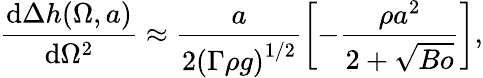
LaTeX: \frac{\textrm{d}\Delta{h}(\Omega,a)}{\textrm{d}\Omega^{2}}\approx\frac{a}{2\left(\Gamma\rho{g}\right)^{1/2}}\left[-\frac{\rho{a}^{2}}{2+\sqrt{Bo}}\right],